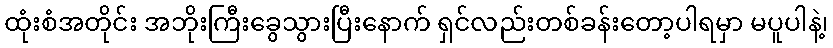
ထုံးစံအတိုင်း အဘိုးကြီးခွေသွားပြီးနောက် ရှင်လည်းတစ်ခန်းတော့ပါရမှာ မပူပါနဲ့၊